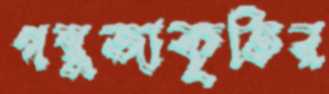
গম্বুজাকৃতির